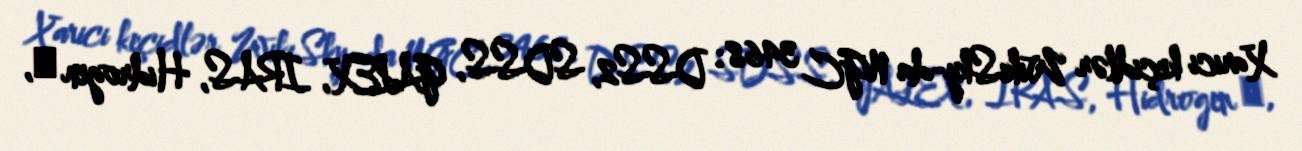
Xarici keçidlər WikiSky-da NGC 3468: DSS2, SDSS, GALEX, IRAS, Hidrogen α,